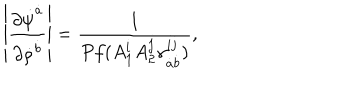
\left| { \frac { \partial \dot { \psi } ^ { \dot { a } } } { \partial \dot { \rho } ^ { \dot { b } } } } \right| = { \frac { 1 } { P f ( A _ { 1 } ^ { i } A _ { 2 } ^ { j } \gamma _ { \dot { a } \dot { b } } ^ { i j } ) } } ,